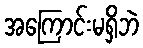
အကြောင်းမရှိဘဲ